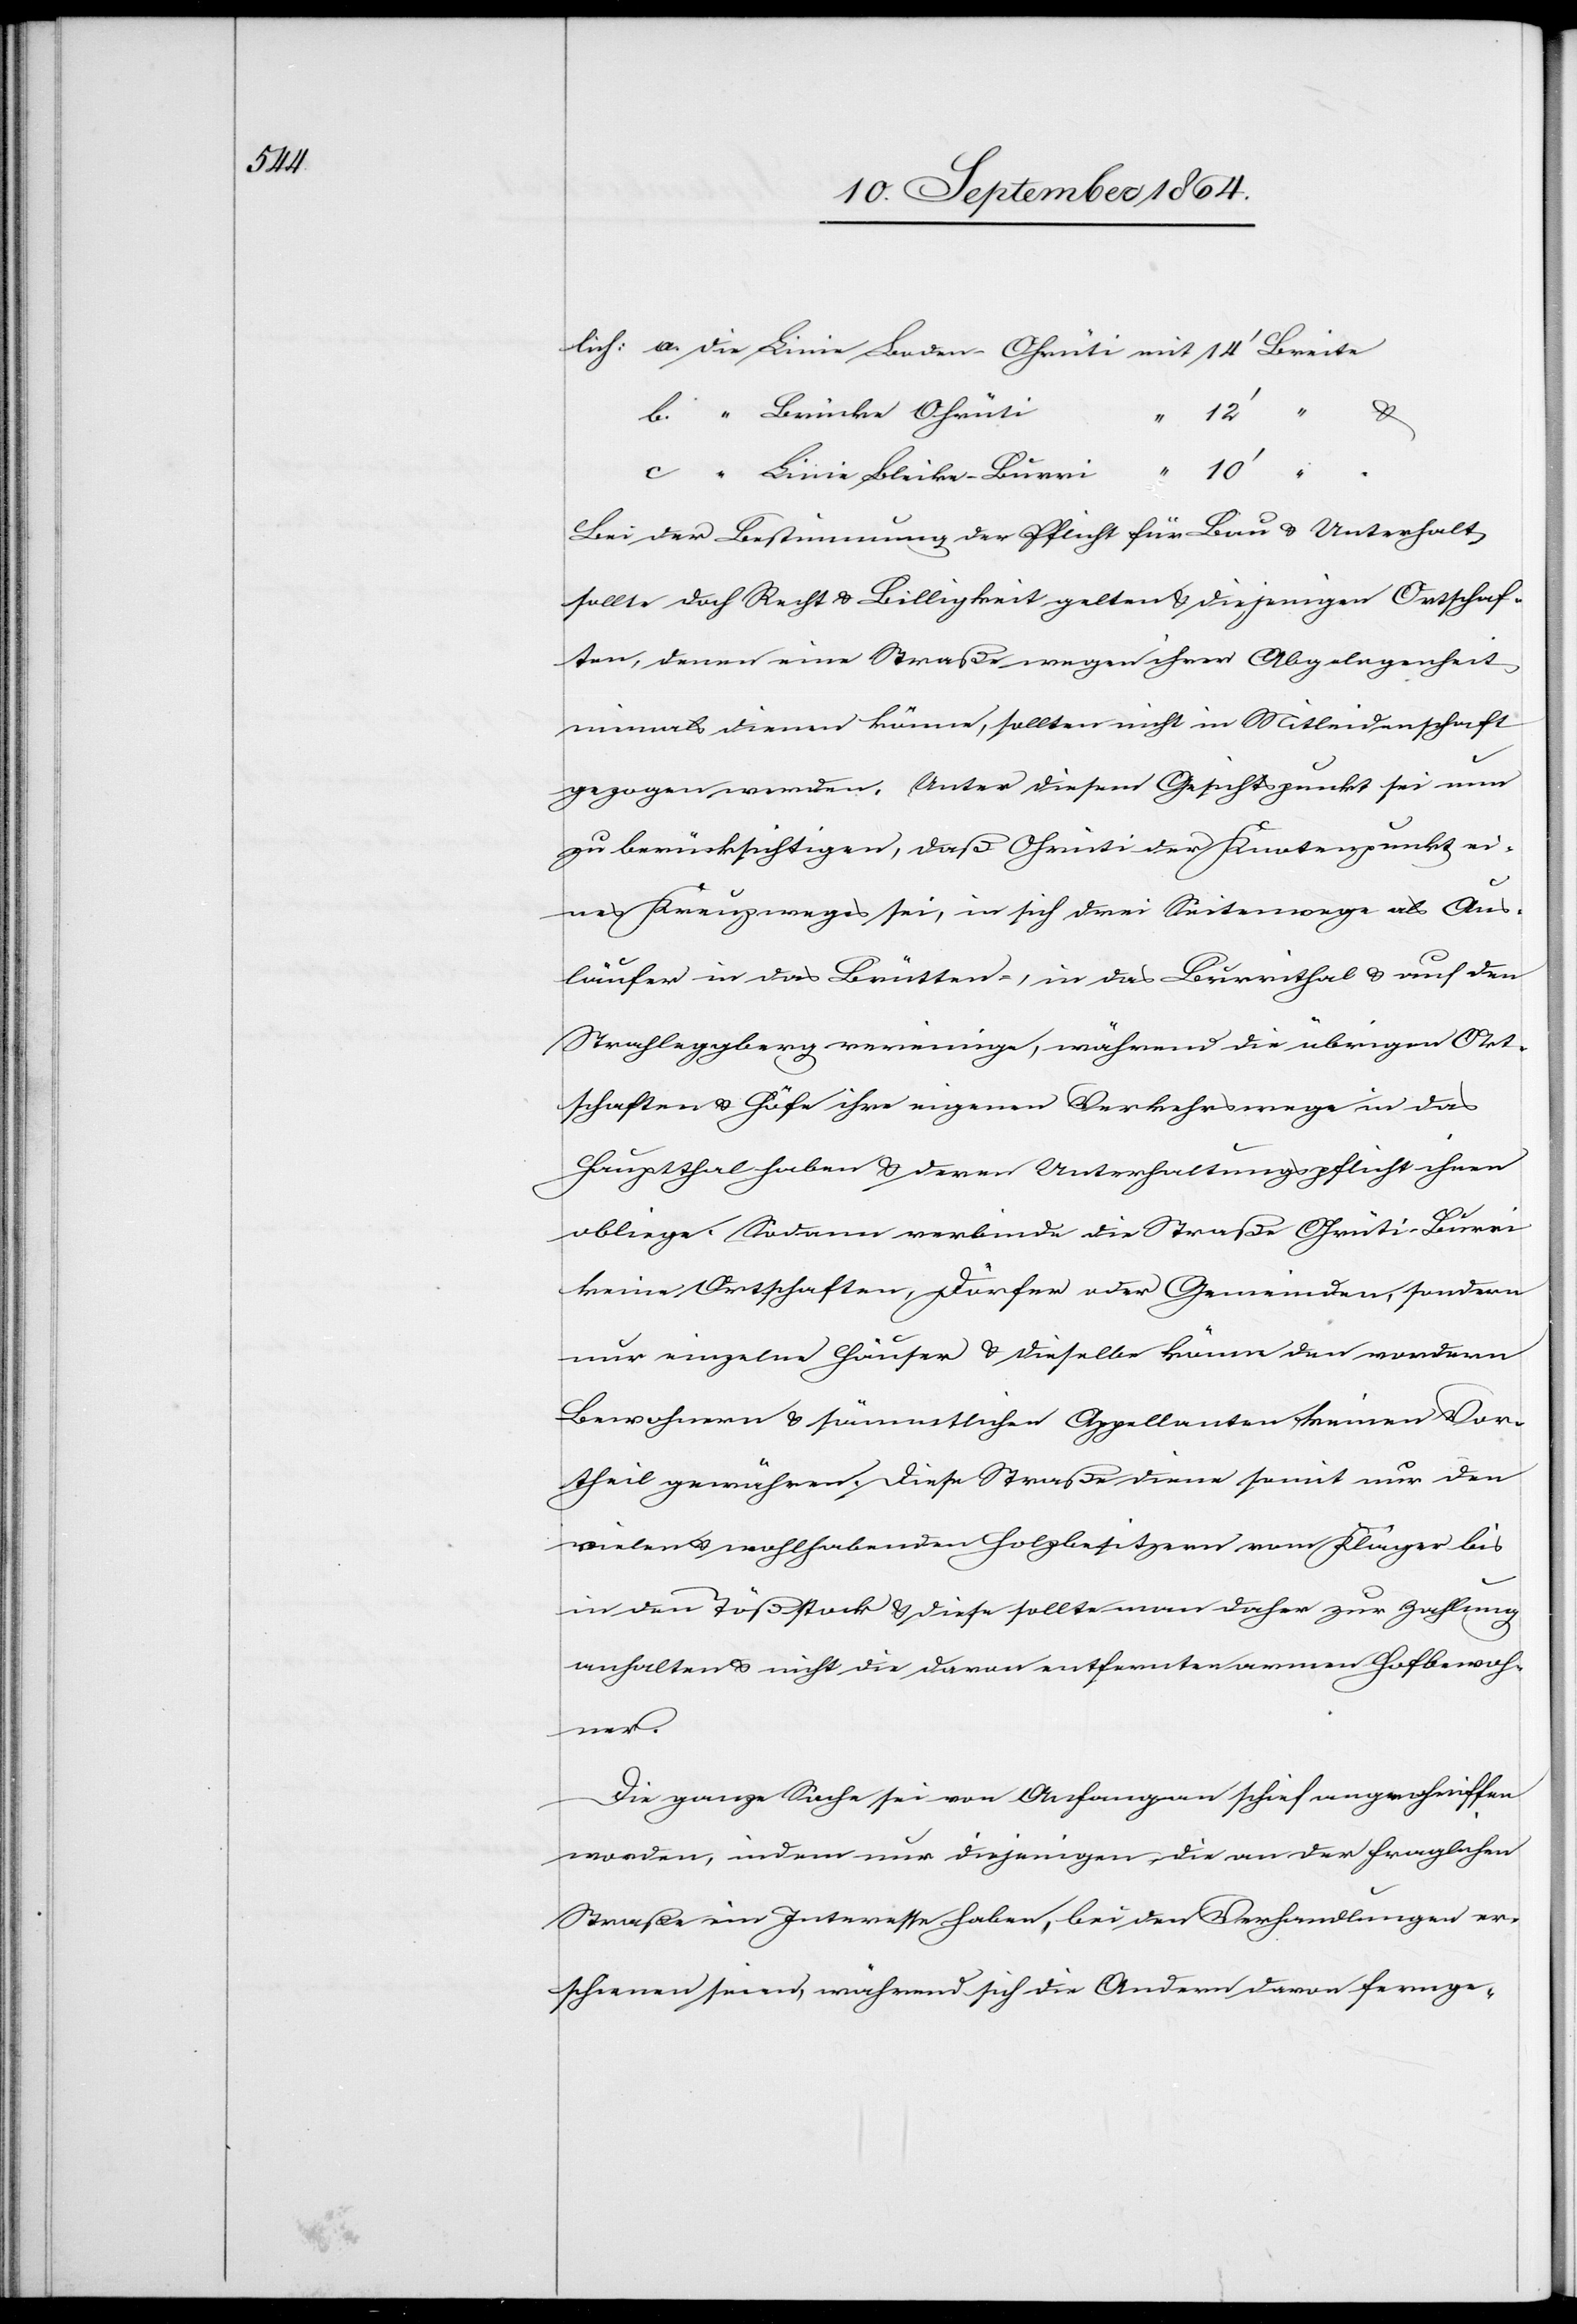
Breite

12’
“
c.
“
Linie Bleike–Burri
10’
Bei der Bestimmung der Pflicht für Bau & Unterhalt
sollte doch Recht & Billigkeit gelten & diejenigen Ortschaf¬
ten, denen eine Straße wegen ihrer Abgelegenheit
niemals dienen könne, sollten nicht in Mitleidenschaft
gezogen werden. Unter diesem Gesichtspunkt sei nun
zu berücksichtigen, daß Ohrüti der Knotenpunkt ei¬
nes Kreuzweges sei, in sich drei Seitenwege als Aus¬
läufer in das Brütten-, in das Burrithal & auf den
Strahleggberg vereinige, während die übrigen Ort¬
schaften & Höfe ihre eigenen Verkehrswege in das
Hauptthal haben & deren Unterhaltungspflicht ihnen
b.
obliege. Sodann verbinde die Straße Ohrüti–Burri
keine Ortschaften, Dörfer oder Gemeinden, sondern
nur einzelne Häuser & dieselbe könne den vordern
Bewohnern & sämmtlichen Appellanten keinen Vor¬
theil gewähren. Diese Straße diene somit nur den
vielen & wohlhabenden Holzbesitzern vom Klager bis
in den Tößstock & diese sollte man daher zur Zahlung
anhalten & nicht die davon entfernten armen Hofbewoh¬
ner.
Die ganze Sache sein von Anfang an schief angehriffen
worden, indem nur diejenigen, die an der fraglichen
Straße ein Interesse haben, bei den Verhandlungen er¬
schienen seien, während sich die Andern davon fernge-